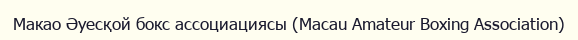
Макао Әуесқой бокс ассоциациясы (Macau Amateur Boxing Association)